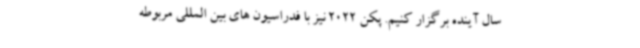
سال آینده برگزار کنیم. پکن 2022 نیز با فدراسیون های بین المللی مربوطه